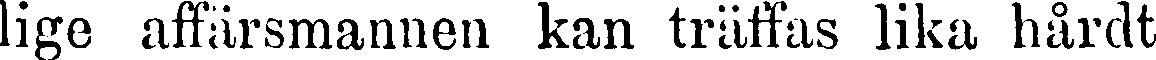
lige affärsmannen kan träffas lika hårdt